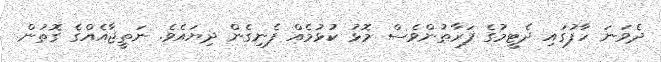
ދެވަނަ ހާފުގައި ދެޓީމުގެ ފަރާތުންވެސް މޮޅު ކުޅުމެއް ފެނިގެން ދިޔައެވެ. ނަތީޖާއެއްގެ ގޮތުން